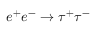
e ^ { + } e ^ { - } \to \tau ^ { + } \tau ^ { - }